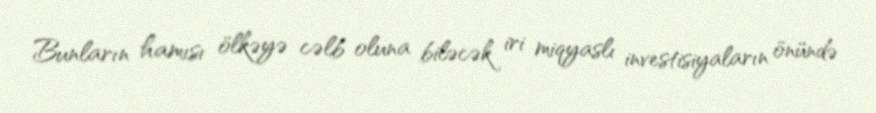
Bunların hamısı ölkəyə cəlb oluna biləcək iri miqyaslı investisiyaların önündə